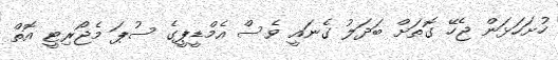
ހުށަހަޅަން ޖެހޭ ގޮތަށް ބަދަލު ގެނައީ ވެސް އެމްޑީޕީގެ ސުޕަ މެޖޯރިޓީ އޮތް